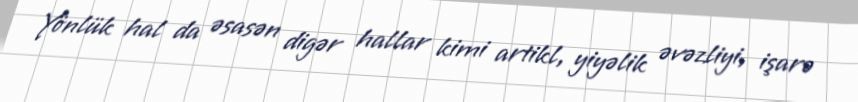
Yönlük hal da əsasən digər hallar kimi artikl, yiyəlik əvəzliyi, işarə